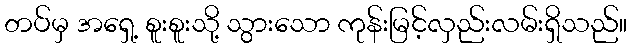
တပ်မှ အရှေ့ စူးစူးသို့ သွားသော ကုန်းမြင့်လှည်းလမ်းရှိသည်။